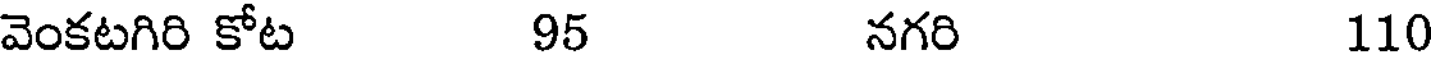
వెంకటగిరి కోట 95 నగరి 110